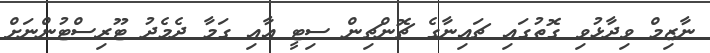
ނާޒިމް ވިދާޅުވި ގޮތުގައި ޗައިނާގެ ޗޮންޗިން ސިޓީ އާއި ގަމާ ދެމެދު ޓޫރިސްޓުންނަށް